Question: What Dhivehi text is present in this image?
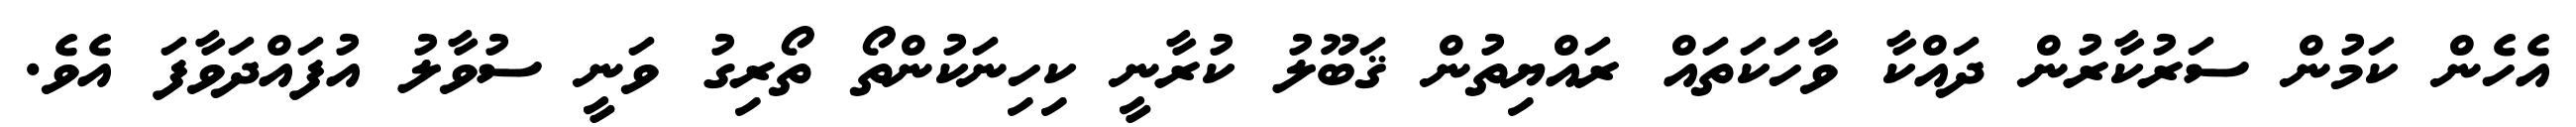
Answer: އެހެން ކަމުން ސަރުކާރުން ދައްކާ ވާހަކަތައް ރައްޔިތުން ޤަބޫލު ކުރާނީ ކިހިނަކުންތޯ ތޯރިގު ވަނީ ސުވާލު އުފައްދަވާފަ އެވެ.